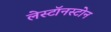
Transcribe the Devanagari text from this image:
लेस्टॉनस्टोन